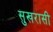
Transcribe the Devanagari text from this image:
सुखरासी